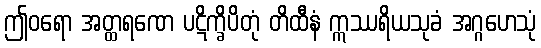
ဤဝရော အတ္ထရဏေ ပဋိက္ခိပိတုံ တိထီနံ ဣဿရိယသုခံ အဂ္ဂဟေသုံ